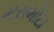
મસમોટા